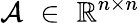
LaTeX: \mathcal{A}\, \, \in\, \, \mathbb{R}^{n\times n}